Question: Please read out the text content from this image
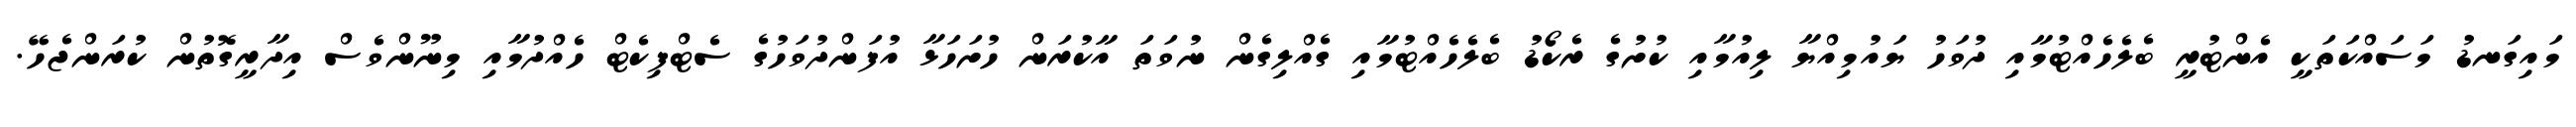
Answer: މައިގަނޑު މަސައްކަތަކީ އެންޓުރީ ބެލެހެއްޓުމާއި ދުވަހު ޔައުމިއްޔާ ލިއުމާއި ކުށުގެ ރެކޯޑު ބެލެހެއްޓުމާއި ގެއްލިގެން ނުވަތަ އާކުރަން ހުށަހަޅާ އުފަންދުވަހުގެ ސެޓްފިކެޓް ހެއްދުމާއި މިނޫންވެސް އިދާރީގޮތުން ކުރަންޖެހޭ.